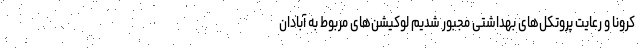
کرونا و رعایت پروتکل‌های بهداشتی مجبور شدیم لوکیشن‌های مربوط به آبادان